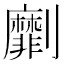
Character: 劘